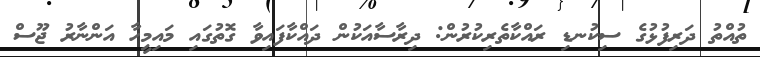
ތުއްތު ދަރިފުޅުގެ ސިކުނޑި ރައްކާތެރިކުރުން: ދިރާސާއަކުން ދައްކާފައިވާ ގޮތުގައި މައިމީހާ އަންނާރު ޖޫސް